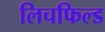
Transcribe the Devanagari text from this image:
लिचफिल्ड